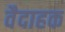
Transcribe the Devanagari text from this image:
वैदाहक